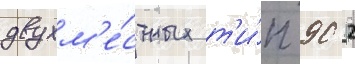
двухм'е́стных т'и́п 90 2